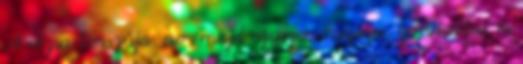
A rózsa bosszúja. no, majd egyszer megírja, gondolta, és